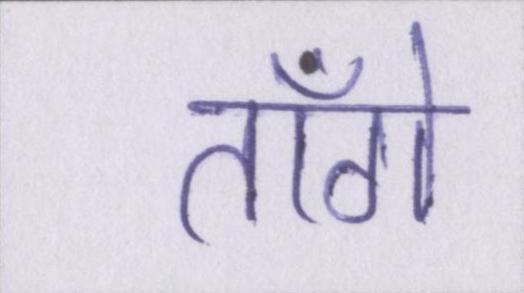
ताँगे